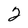
Character: 2